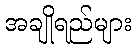
အချိုရည်များ